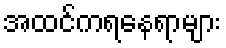
အထင်ကရနေရာများ